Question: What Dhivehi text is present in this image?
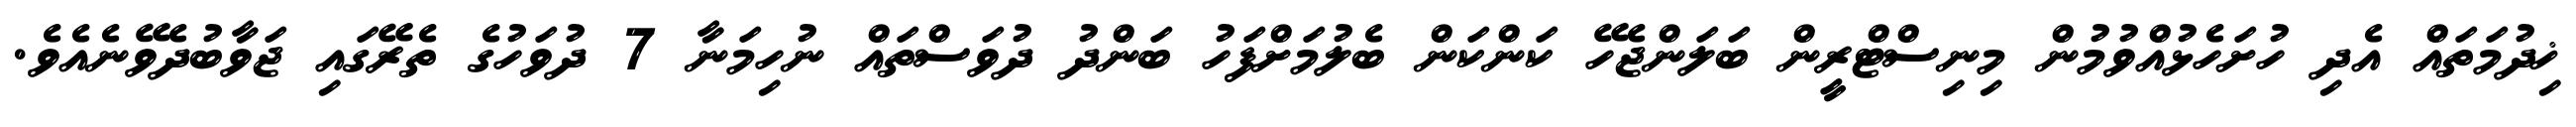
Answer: ޚިދުމަތައް އެދި ހުށަހެޅުއްވުމުން މިނިސްޓްރީން ބަލަންޖެހޭ ކަންކަން ބެލުމަށްފަހު ބަންދު ދުވަސްތައް ނުހިމަނާ 7 ދުވަހުގެ ތެރޭގައި ޖަވާބުދެވޭނެއެވެ.